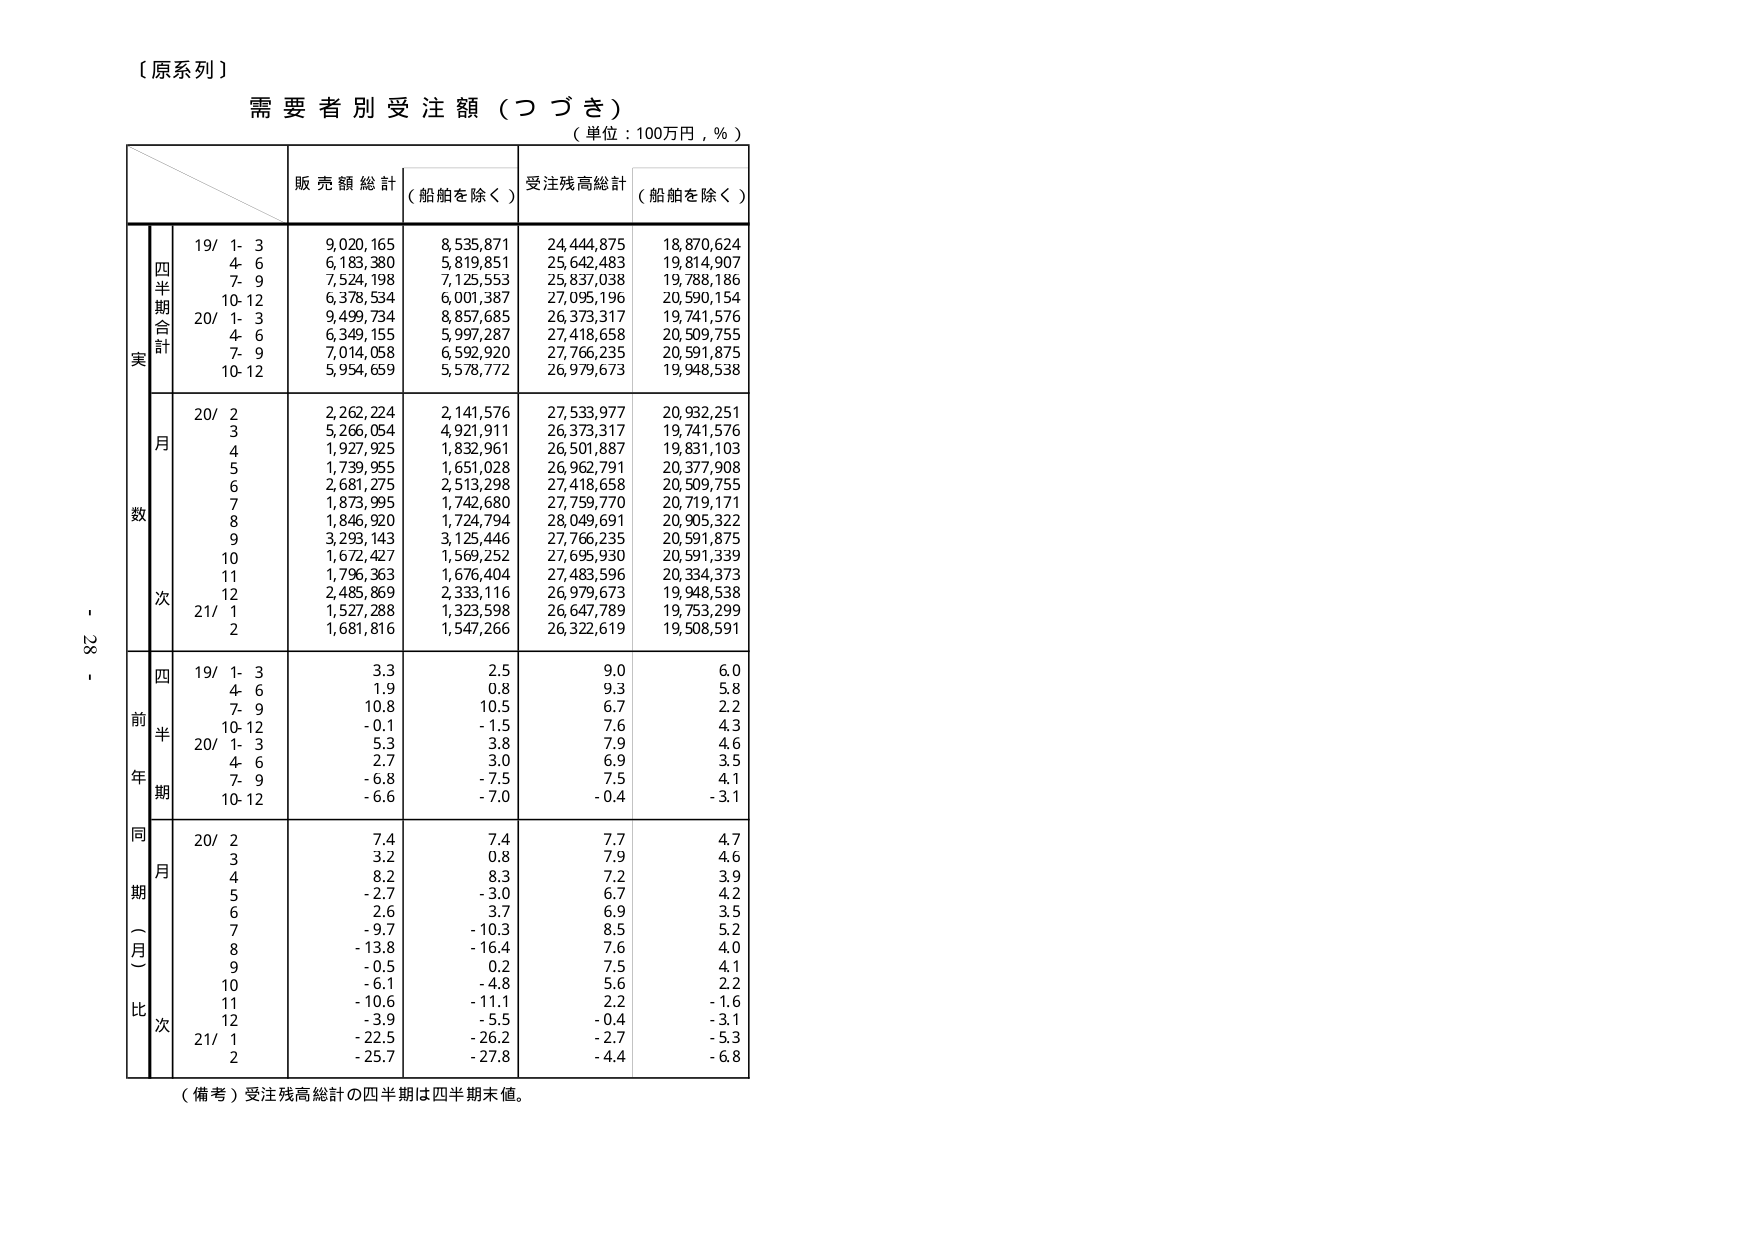
【原系列】
需要者別受注額（つづき）
（単位：100万円，％）

販売額総計 （船舶を除く）
受注残高総計 （船舶を除く）

実数
四半期合計
19/ 1- 3
9,020,165
8,535,871
24,444,875
18,870,624
4- 6
6,183,380
5,819,851
25,642,483
19,814,907
7- 9
7,524,198
7,125,553
25,837,038
19,788,186
10-12
6,378,534
6,001,387
27,095,196
20,590,154
20/ 1- 3
9,499,734
8,857,685
26,373,317
19,741,576
4- 6
6,349,155
5,997,287
27,418,658
20,509,755
7- 9
7,014,058
6,592,920
27,766,235
20,591,875
10-12
5,954,659
5,578,772
26,979,673
19,948,538

月次
20/ 2
2,262,224
2,141,576
27,533,977
20,932,251
3
5,266,054
4,921,911
26,373,317
19,741,576
4
1,927,925
1,832,961
26,501,887
19,831,103
5
1,739,955
1,651,028
26,962,791
20,377,908
6
2,681,275
2,513,298
27,418,658
20,509,755
7
1,873,995
1,742,680
27,759,770
20,719,171
8
1,846,920
1,724,994
28,049,691
20,905,322
9
3,293,143
3,125,446
27,766,235
20,591,875
10
1,672,427
1,569,252
27,695,930
20,591,339
11
1,796,363
1,676,404
27,483,596
20,334,373
12
2,485,869
2,333,116
26,979,673
19,948,538
21/ 1
1,527,288
1,323,598
26,647,789
19,753,299
2
1,681,816
1,547,266
26,322,619
19,508,591

前年同期（月）比
四半期
19/ 1- 3
3.3
2.5
9.0
6.0
4- 6
1.9
0.8
9.3
5.8
7- 9
10.8
10.5
6.7
2.2
10-12
-0.1
-1.5
7.6
4.3
20/ 1- 3
5.3
3.8
7.9
4.6
4- 6
2.7
3.0
6.9
3.5
7- 9
-6.8
-7.5
7.5
4.1
10-12
-6.6
-7.0
-0.4
-3.1

月次
20/ 2
7.4
7.4
7.7
4.7
3
3.2
0.8
7.9
4.6
4
8.2
8.3
7.2
3.9
5
-2.7
-3.0
6.7
4.2
6
2.6
3.7
6.9
3.5
7
-9.7
-10.3
8.5
5.2
8
-13.8
-16.4
7.6
4.0
9
-0.5
0.2
7.5
4.1
10
-6.1
-4.8
5.6
2.2
11
-10.6
-11.1
2.2
-1.6
12
-3.9
-5.5
-0.4
-3.1
21/ 1
-22.5
-26.2
-2.7
-5.3
2
-25.7
-27.8
-4.4
-6.8

（備考）受注残高総計の四半期は四半期末値。